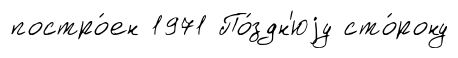
постро́ен 1971 По́здн'юjу сто́рону